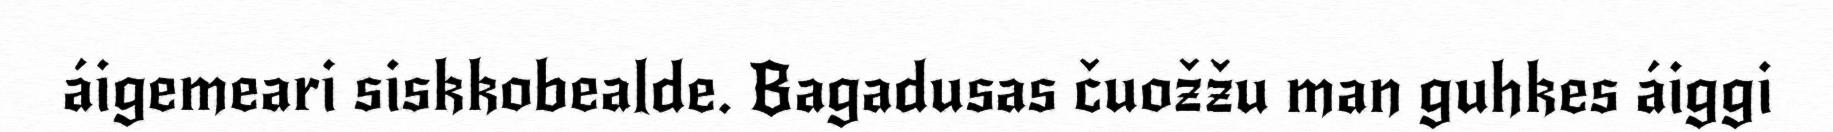
áigemeari siskkobealde. Bagadusas čuožžu man guhkes áiggi